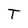
Character: T